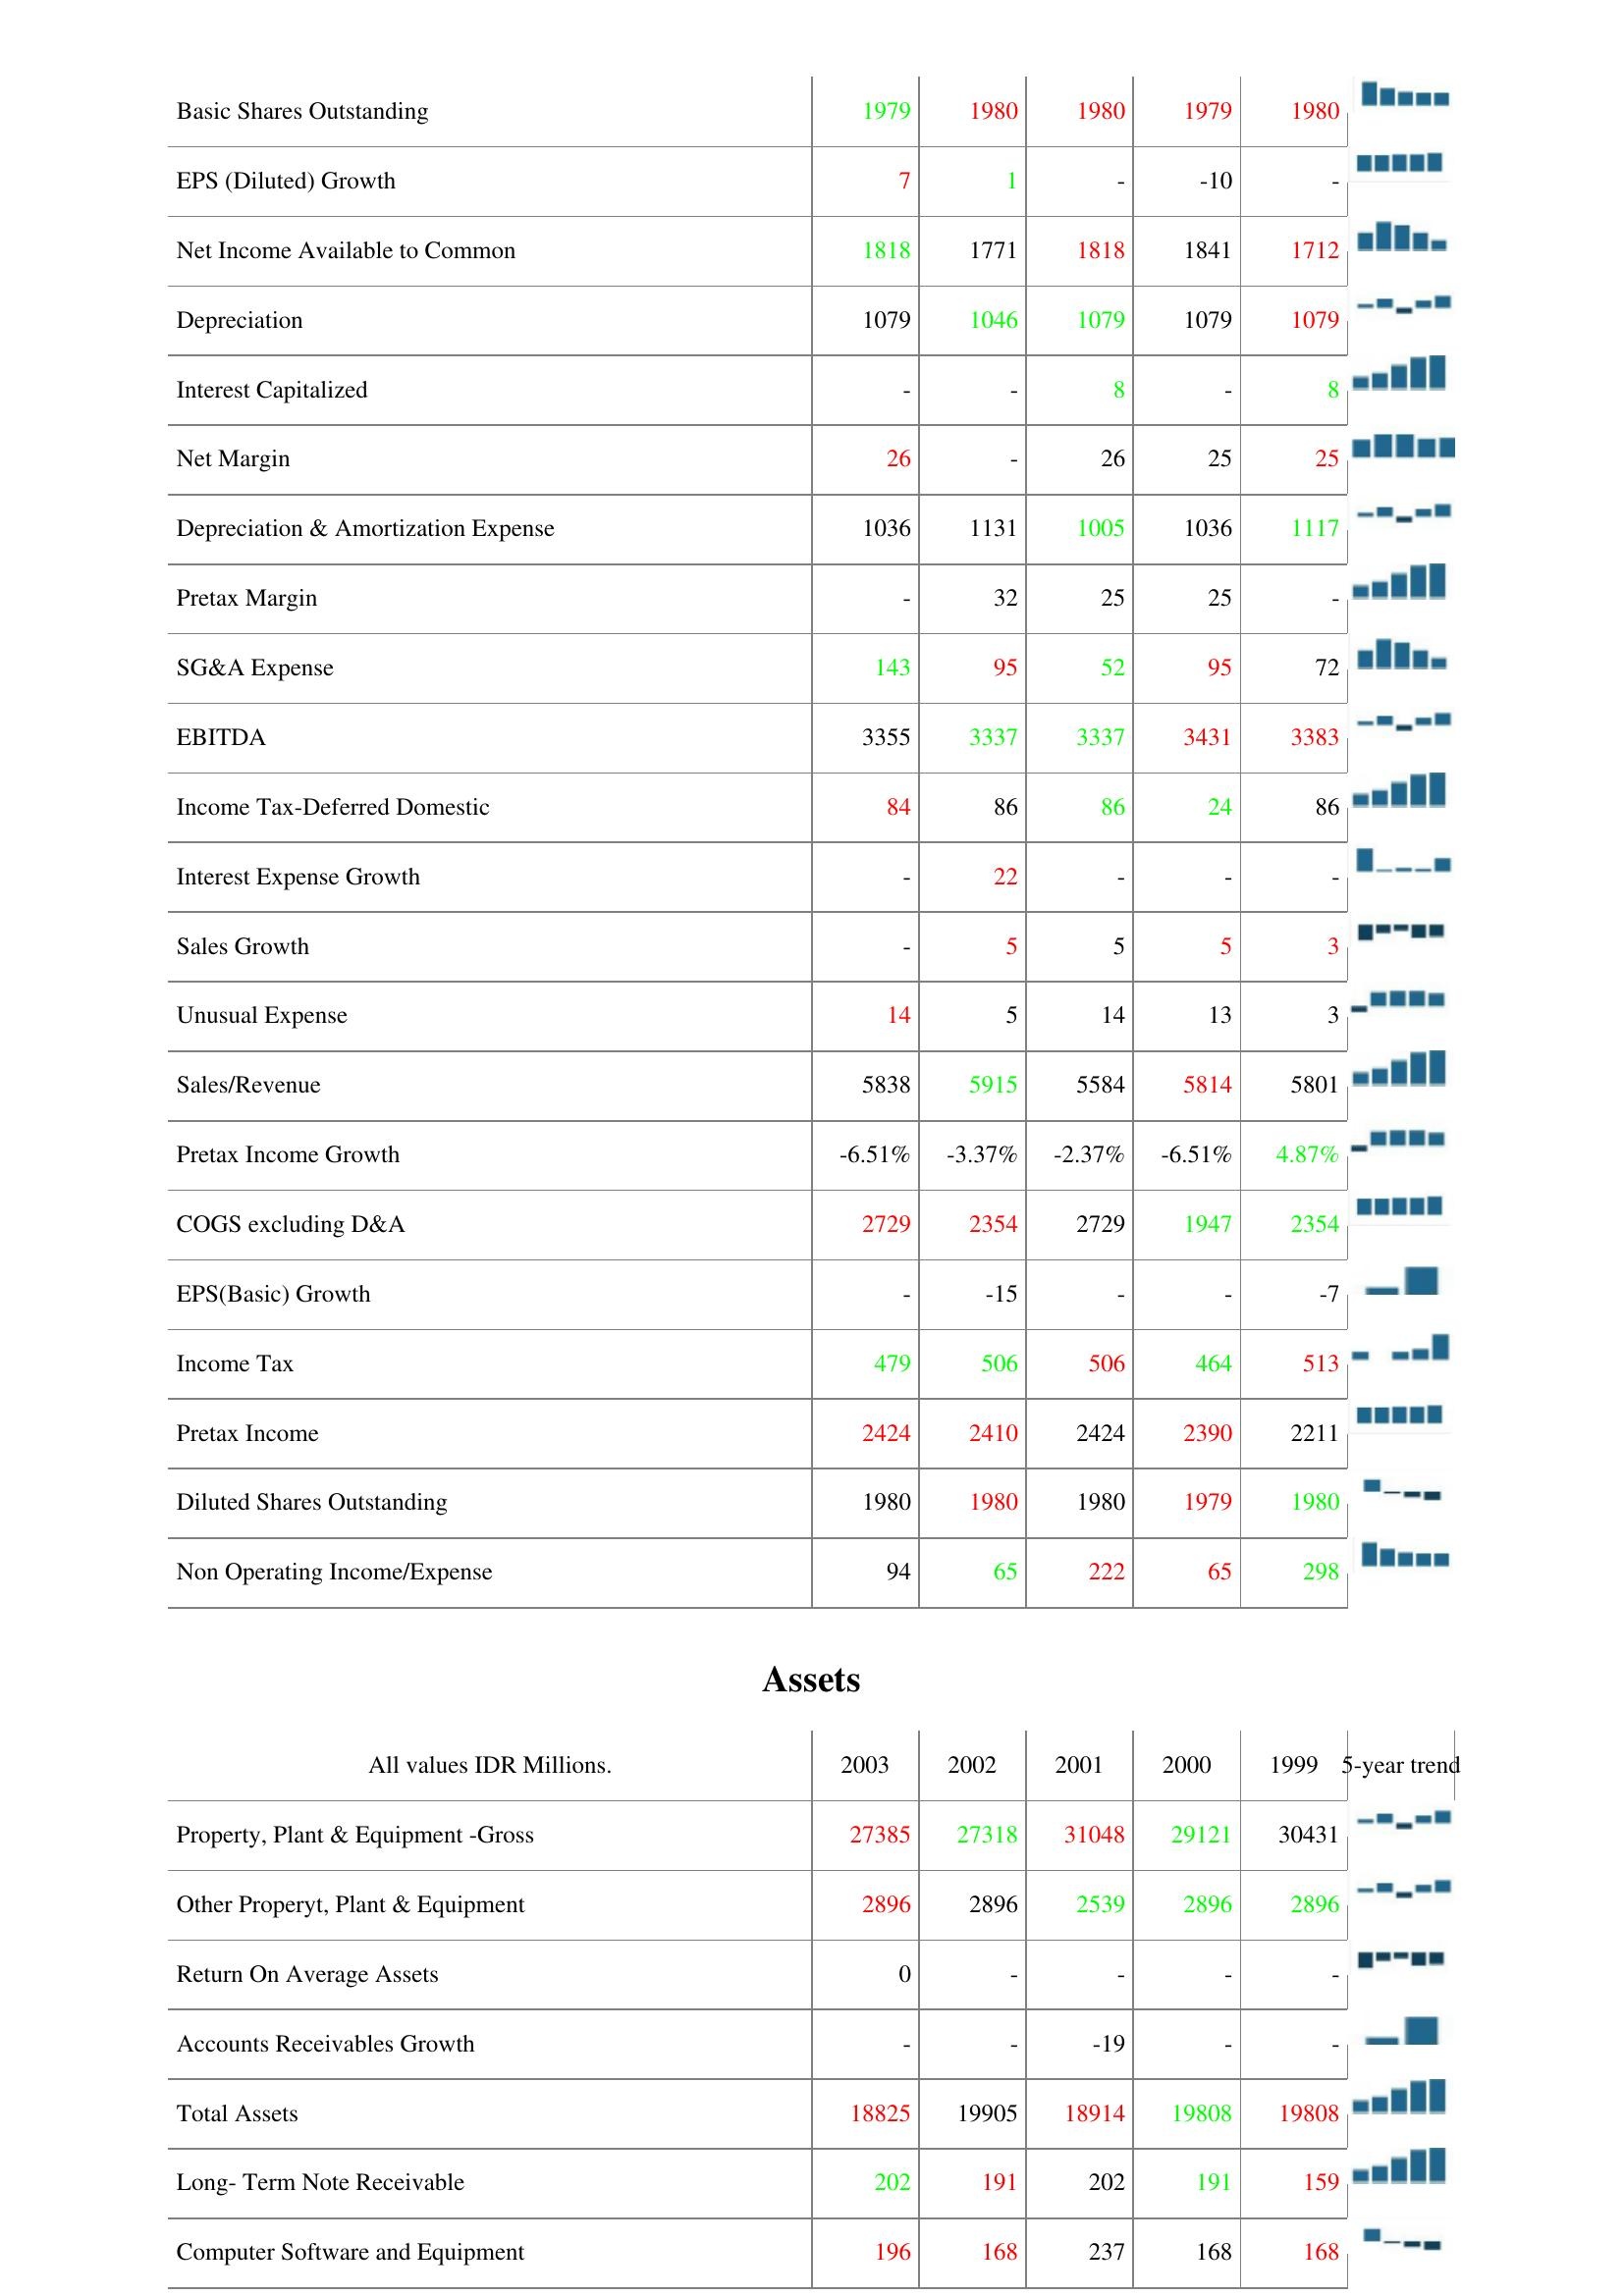
2003: : Basic Shares Outstanding: 1979
EPS (Diluted) Growth: 7
Net Income Available to Common: 1818
Depreciation: 1079
Interest Capitalized: -
Net Margin: 26
Depreciation & Amortization Expense: 1036
Pretax Margin: -
SG&A Expense: 143
EBITDA: 3355
Income Tax-Deferred Domestic: 84
Interest Expense Growth: -
Sales Growth: -
Unusual Expense: 14
Sales/Revenue: 5838
Pretax Income Growth: -6.51%
COGS excluding D&A: 2729
EPS(Basic) Growth: -
Income Tax: 479
Pretax Income: 2424
Diluted Shares Outstanding: 1980
Non Operating Income/Expense: 94
Assets: Property, Plant & Equipment -Gross: 27385
Other Properyt, Plant & Equipment: 2896
Return On Average Assets: 0
Accounts Receivables Growth: -
Total Assets: 18825
Long- Term Note Receivable: 202
Computer Software and Equipment: 196
2002: : Basic Shares Outstanding: 1980
EPS (Diluted) Growth: 1
Net Income Available to Common: 1771
Depreciation: 1046
Interest Capitalized: -
Net Margin: -
Depreciation & Amortization Expense: 1131
Pretax Margin: 32
SG&A Expense: 95
EBITDA: 3337
Income Tax-Deferred Domestic: 86
Interest Expense Growth: 22
Sales Growth: 5
Unusual Expense: 5
Sales/Revenue: 5915
Pretax Income Growth: -3.37%
COGS excluding D&A: 2354
EPS(Basic) Growth: -15
Income Tax: 506
Pretax Income: 2410
Diluted Shares Outstanding: 1980
Non Operating Income/Expense: 65
Assets: Property, Plant & Equipment -Gross: 27318
Other Properyt, Plant & Equipment: 2896
Return On Average Assets: -
Accounts Receivables Growth: -
Total Assets: 19905
Long- Term Note Receivable: 191
Computer Software and Equipment: 168
2001: : Basic Shares Outstanding: 1980
EPS (Diluted) Growth: -
Net Income Available to Common: 1818
Depreciation: 1079
Interest Capitalized: 8
Net Margin: 26
Depreciation & Amortization Expense: 1005
Pretax Margin: 25
SG&A Expense: 52
EBITDA: 3337
Income Tax-Deferred Domestic: 86
Interest Expense Growth: -
Sales Growth: 5
Unusual Expense: 14
Sales/Revenue: 5584
Pretax Income Growth: -2.37%
COGS excluding D&A: 2729
EPS(Basic) Growth: -
Income Tax: 506
Pretax Income: 2424
Diluted Shares Outstanding: 1980
Non Operating Income/Expense: 222
Assets: Property, Plant & Equipment -Gross: 31048
Other Properyt, Plant & Equipment: 2539
Return On Average Assets: -
Accounts Receivables Growth: -19
Total Assets: 18914
Long- Term Note Receivable: 202
Computer Software and Equipment: 237
2000: : Basic Shares Outstanding: 1979
EPS (Diluted) Growth: -10
Net Income Available to Common: 1841
Depreciation: 1079
Interest Capitalized: -
Net Margin: 25
Depreciation & Amortization Expense: 1036
Pretax Margin: 25
SG&A Expense: 95
EBITDA: 3431
Income Tax-Deferred Domestic: 24
Interest Expense Growth: -
Sales Growth: 5
Unusual Expense: 13
Sales/Revenue: 5814
Pretax Income Growth: -6.51%
COGS excluding D&A: 1947
EPS(Basic) Growth: -
Income Tax: 464
Pretax Income: 2390
Diluted Shares Outstanding: 1979
Non Operating Income/Expense: 65
Assets: Property, Plant & Equipment -Gross: 29121
Other Properyt, Plant & Equipment: 2896
Return On Average Assets: -
Accounts Receivables Growth: -
Total Assets: 19808
Long- Term Note Receivable: 191
Computer Software and Equipment: 168
1999: : Basic Shares Outstanding: 1980
EPS (Diluted) Growth: -
Net Income Available to Common: 1712
Depreciation: 1079
Interest Capitalized: 8
Net Margin: 25
Depreciation & Amortization Expense: 1117
Pretax Margin: -
SG&A Expense: 72
EBITDA: 3383
Income Tax-Deferred Domestic: 86
Interest Expense Growth: -
Sales Growth: 3
Unusual Expense: 3
Sales/Revenue: 5801
Pretax Income Growth: 4.87%
COGS excluding D&A: 2354
EPS(Basic) Growth: -7
Income Tax: 513
Pretax Income: 2211
Diluted Shares Outstanding: 1980
Non Operating Income/Expense: 298
Assets: Property, Plant & Equipment -Gross: 30431
Other Properyt, Plant & Equipment: 2896
Return On Average Assets: -
Accounts Receivables Growth: -
Total Assets: 19808
Long- Term Note Receivable: 159
Computer Software and Equipment: 168